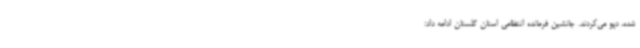
شده، دپو می‌کردند. جانشین فرمانده انتظامی استان گلستان ادامه داد: